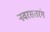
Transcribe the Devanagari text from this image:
नवरसतरंग